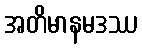
အတိမာနမဒဿ